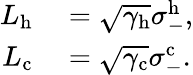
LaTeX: \begin{array}{rl}{L_{\mathrm{h}}}&{{}=\sqrt{\gamma_{\mathrm{h}}}\sigma_{-}^{\mathrm{h}},}\\ {L_{\mathrm{c}}}&{{}=\sqrt{\gamma_{\mathrm{c}}}\sigma_{-}^{\mathrm{c}}.}\end{array}